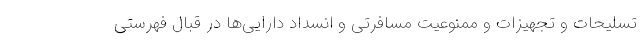
تسلیحات و تجهیزات و ممنوعیت مسافرتی و انسداد دارایی‌ها در قبال فهرستی